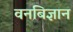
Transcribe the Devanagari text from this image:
वनबिज्ञान